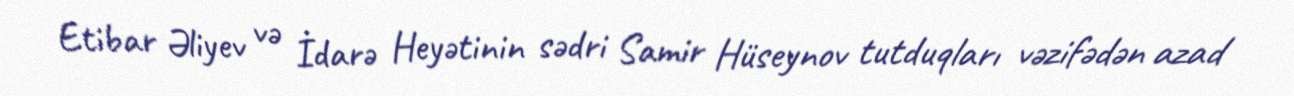
Etibar Əliyev və İdarə Heyətinin sədri Samir Hüseynov tutduqları vəzifədən azad